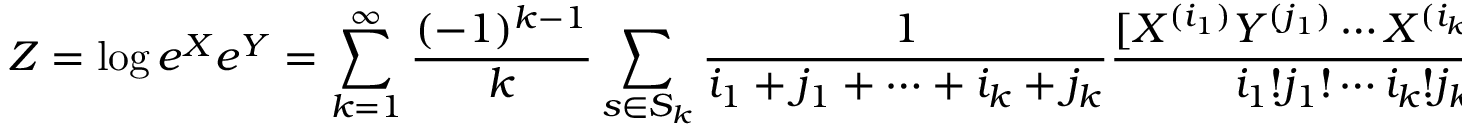
Z = \log e ^ { X } e ^ { Y } = \sum _ { k = 1 } ^ { \infty } { \frac { ( - 1 ) ^ { k - 1 } } { k } } \sum _ { s \in S _ { k } } { \frac { 1 } { i _ { 1 } + j _ { 1 } + \cdots + i _ { k } + j _ { k } } } { \frac { [ X ^ { ( i _ { 1 } ) } Y ^ { ( j _ { 1 } ) } \cdots X ^ { ( i _ { k } ) } Y ^ { ( j _ { k } ) } ] } { i _ { 1 } ! j _ { 1 } ! \cdots i _ { k } ! j _ { k } ! } } , ~ i _ { r } , j _ { r } \geq 0 , ~ i _ { r } + j _ { r } > 0 , ~ 1 \leq r \leq k .